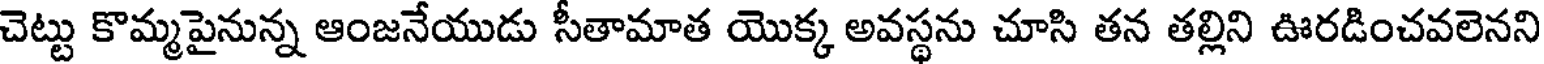
చెట్టు కొమ్మపైనున్న ఆంజనేయుడు సీతామాత యొక్క అవస్థను చూసి తన తల్లిని ఊరడించవలెనని